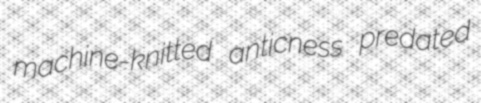
machine-knitted anticness predated